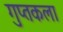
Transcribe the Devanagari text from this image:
गुप्तकला